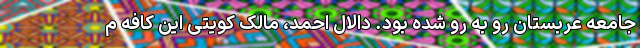
جامعه عربستان رو به رو شده بود. دالال احمد، مالک کویتی این کافه م